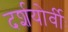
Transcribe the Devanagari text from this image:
दर्शयोर्वीः